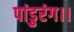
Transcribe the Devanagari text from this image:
पांडुरंग।।